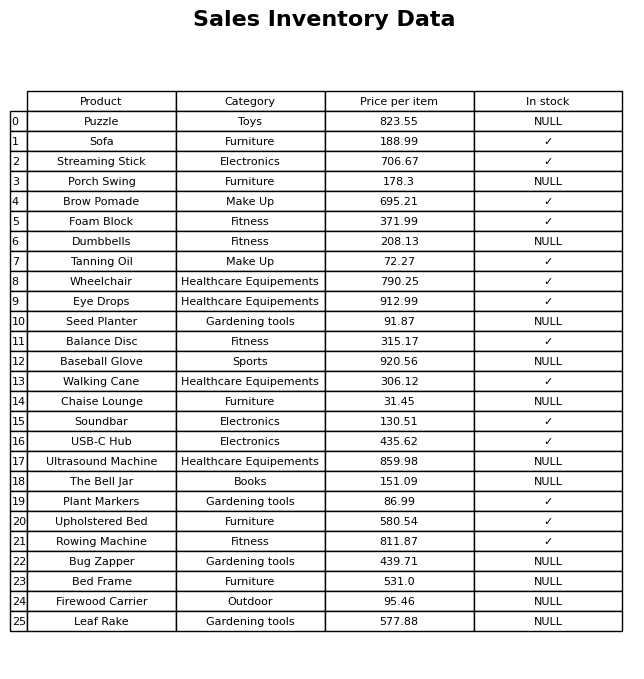
question: What is the price of the Balance Disc?
answer: The price of Balance Disc is 315.17.